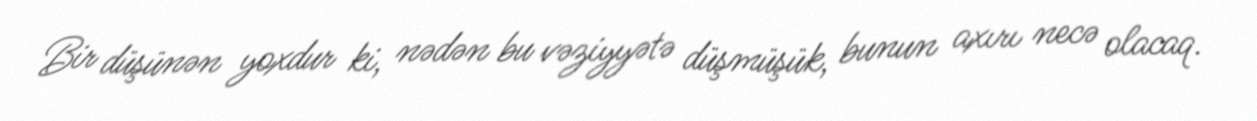
Bir düşünən yoxdur ki, nədən bu vəziyyətə düşmüşük, bunun axırı necə olacaq.